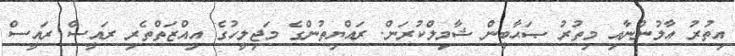
އިތުރު އާލުންނާއި މިތުރު ޞަޙާބީން ޝާމިލްކުރަން. ރައްޔިތުންގެ މަޖިލީހުގެ އިއްޒަތްތެރި ރައީސް ރައީސް